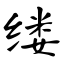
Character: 缕